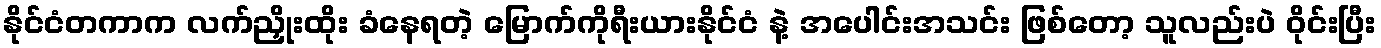
နိုင်ငံတကာက လက်ညှိုးထိုး ခံနေရတဲ့ မြောက်ကိုရီးယားနိုင်ငံ နဲ့ အပေါင်းအသင်း ဖြစ်တော့ သူလည်းပဲ ဝိုင်းပြီး